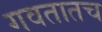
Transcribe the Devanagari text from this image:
गवतातच